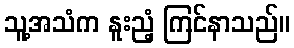
သူ့အသံက နူးညံ့ ကြင်နာသည်။